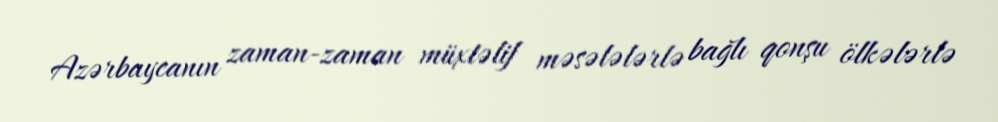
Azərbaycanın zaman-zaman müxtəlif məsələlərlə bağlı qonşu ölkələrlə